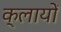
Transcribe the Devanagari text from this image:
क्लायों